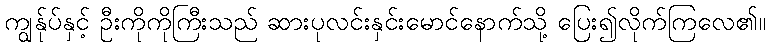
ကျွန်ုပ်နှင့် ဦးကိုကိုကြီးသည် ဆားပုလင်းနှင်းမောင်နောက်သို့ ပြေး၍လိုက်ကြလေ၏။